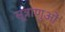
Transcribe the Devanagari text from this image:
सूत्राणुओं